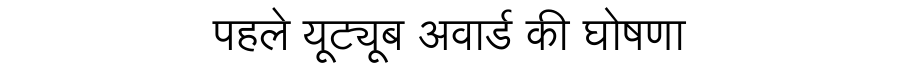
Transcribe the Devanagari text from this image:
पहले यूट्यूब अवार्ड की घोषणा